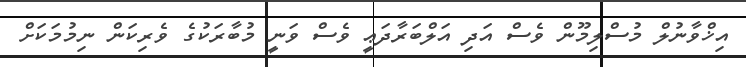
އިޚްވާނުލް މުސްލިމޫން ވެސް އަދި އަލްބަރާދަޢީ ވެސް ވަނީ މުބާރަކުގެ ވެރިކަން ނިމުމަކަށް